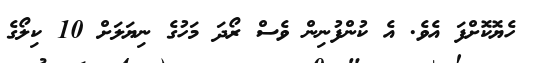
ހެޔޮކޮށްފަ އެވެ. އެ ކުންފުނިން ވެސް ރޯދަ މަހުގެ ނިޔަލަށް 10 ކިލޯގެ